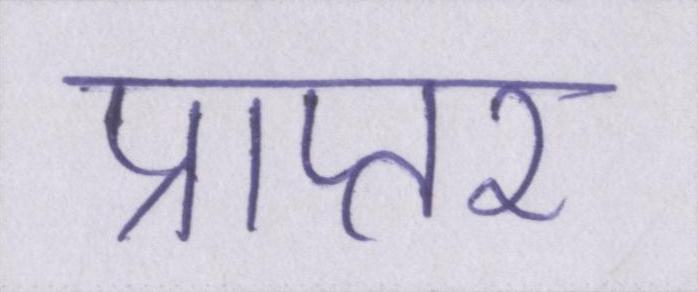
प्राप्तर